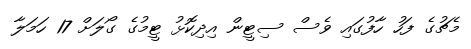
މެޗުގެ ފަހު ހާފުގައި ވެސް ސިޓީން އިދިކޮޅު ޓީމުގެ ގޯލަށް 17 ހަމަލާ